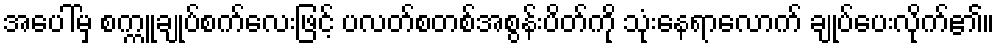
အပေါ်မှ စက္ကူချုပ်စက်လေးဖြင့် ပလတ်စတစ်အစွန်းပိတ်ကို သုံးနေရာလောက် ချုပ်ပေးလိုက်၏။